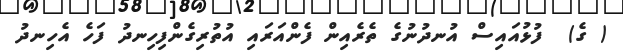
( ގެ)  ފުޅުއައިސް އުނދުނުގެ ތެރެއިން ފެންއަރައި އުތުރިގެންފިހިނދު ފަހެ އެހިނދު